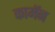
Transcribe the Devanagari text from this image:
कामॅन